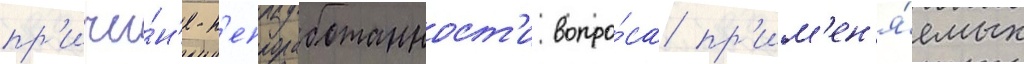
пр'ичи́н'е н'епроработанност'и вопро́са пр'им'ен'я́емых